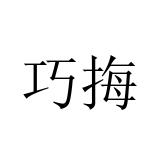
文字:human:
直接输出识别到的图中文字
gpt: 巧挴